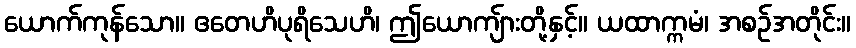
ယောက်ကုန်သော။ ဧတေဟိပုရိသေဟိ၊ ဤယောကျ်ားတို့နှင့်။ ယထာက္ကမံ၊ အစဉ်အတိုင်း။